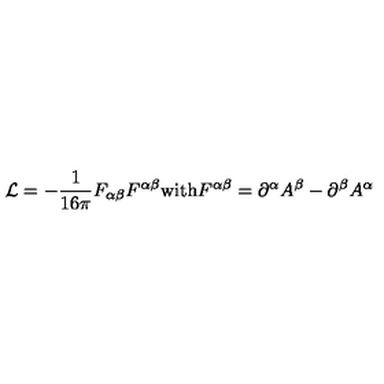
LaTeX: { \cal L } = - { \frac { 1 } { 1 6 \pi } } F _ { \alpha \beta } F ^ { \alpha \beta } \mathrm { w i t h } F ^ { \alpha \beta } = \partial ^ { \alpha } A ^ { \beta } - \partial ^ { \beta } A ^ { \alpha }